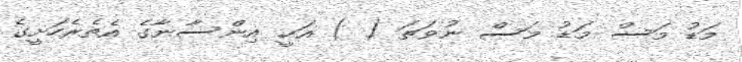
މަޑު މަސް މަޑު މަސް ނުވަތަ ( ) އަކީ އިންސާނާގެ އެތެރެހަށީގެ